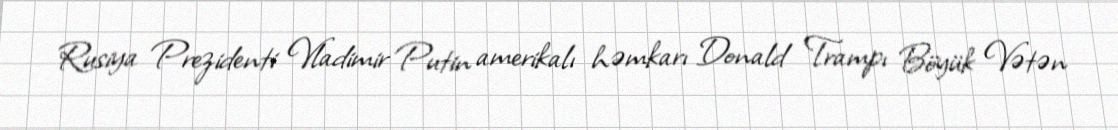
Rusiya Prezidenti Vladimir Putin amerikalı həmkarı Donald Trampı Böyük Vətən